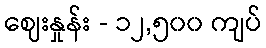
ဈေးနှုန်း - ၁၂,၅၀၀ ကျပ်